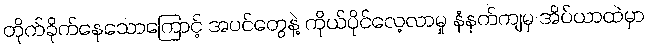
တိုက်ခိုက်နေသောကြောင့် အပင်တွေနဲ့ ကိုယ်ပိုင်လေ့လာမှု နံနက်ကျမှ အိပ်ယာထဲမှာ